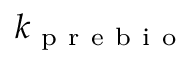
k _ { \mathrm { ~ p ~ r ~ e ~ b ~ i ~ o ~ } }